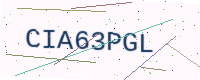
Text: CIA63PGL